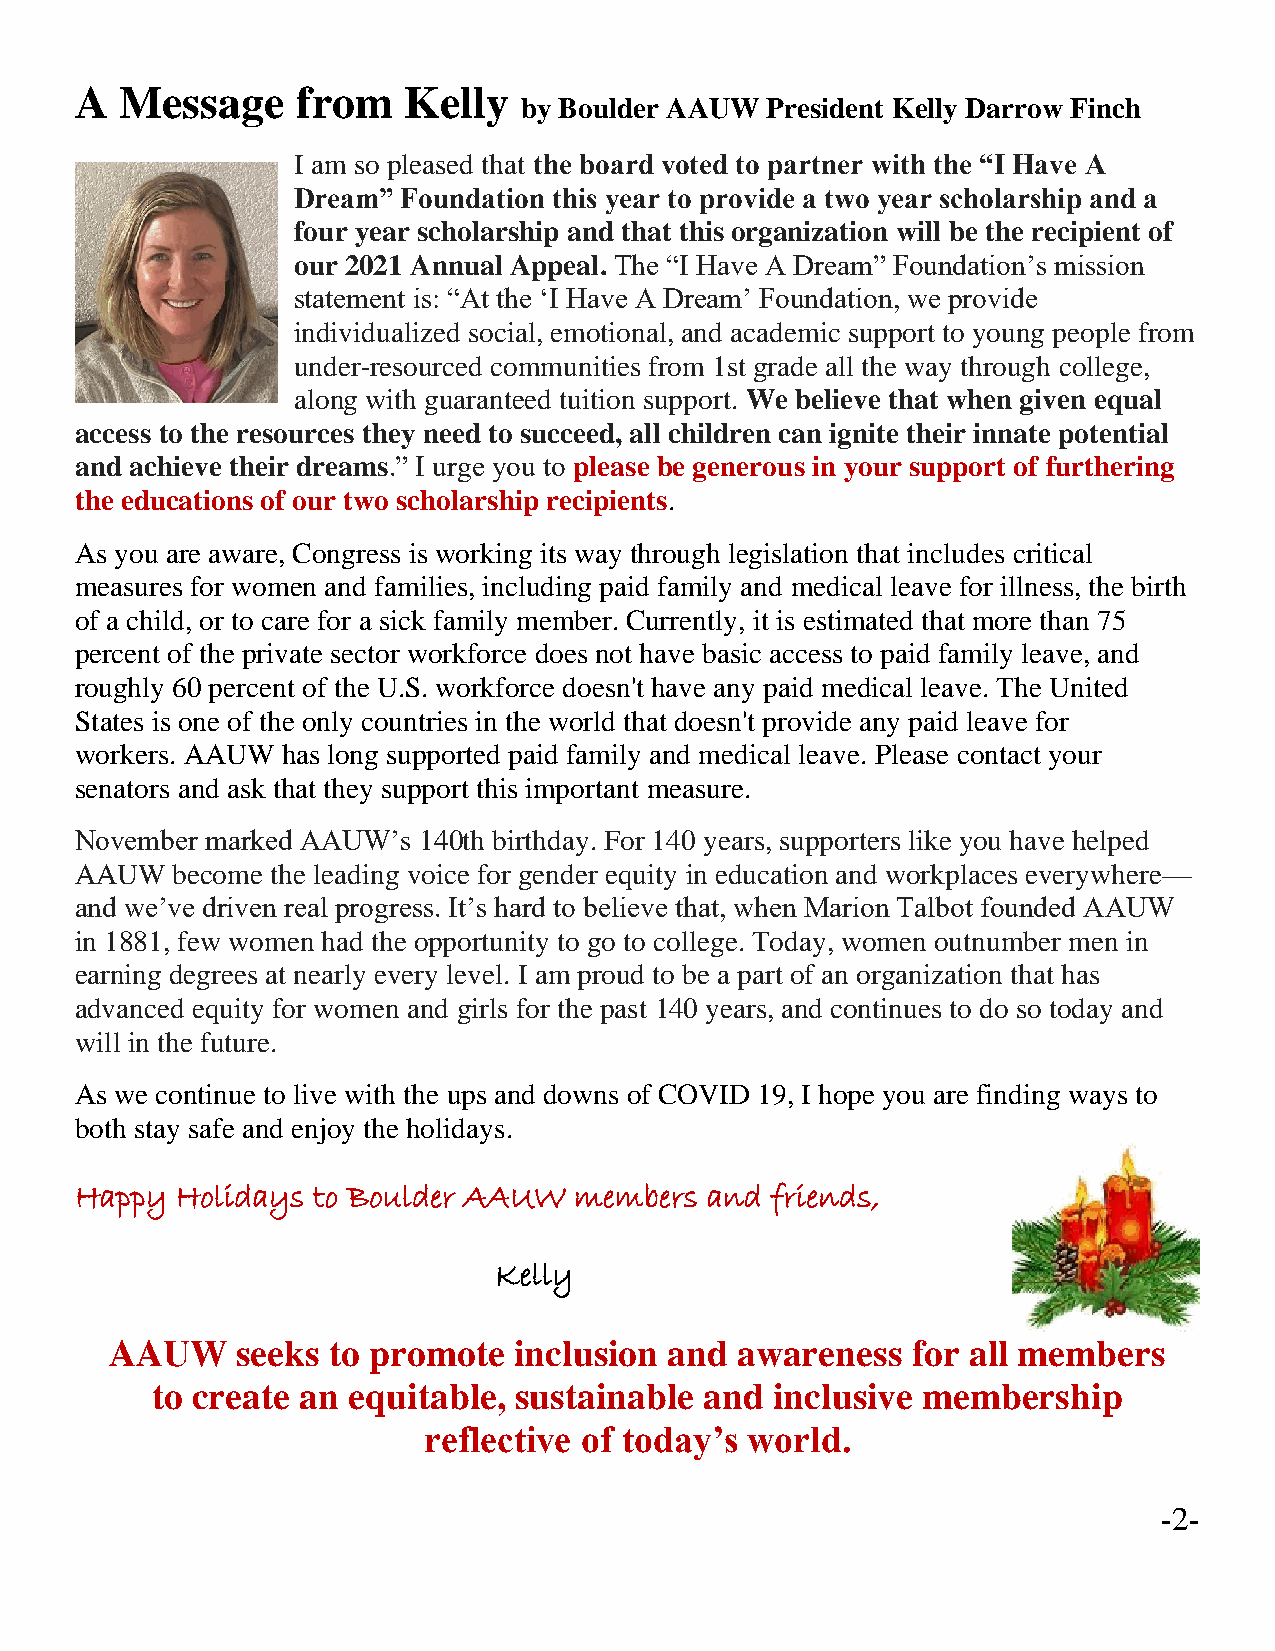
A  Message     from   Kelly
 by Boulder AAUW  President Kelly Darrow Finch
 I am so pleased that the board voted to partner with the “I Have A
 Dream”  Foundation this year to provide a two year scholarship and a
 four year scholarship and that this organization will be the recipient of
 our 2021 Annual Appeal. The “I Have A Dream” Foundation’s mission
 statement is: “At the ‘I Have A Dream’ Foundation, we provide
 individualized social, emotional, and academic support to young people from
 under-resourced communities from 1st grade all the way through college,
 along with guaranteed tuition support. We believe that when given equal
 access to the resources they need to succeed, all children can ignite their innate potential
 and achieve their dreams.” I urge you to please be generous in your support of furthering
 the educations of our two scholarship recipients.
 As you are aware, Congress is working its way through legislation that includes critical
 measures for women and families, including paid family and medical leave for illness, the birth
 of a child, or to care for a sick family member. Currently, it is estimated that more than 75
 percent of the private sector workforce does not have basic access to paid family leave, and
 roughly 60 percent of the U.S. workforce doesn't have any paid medical leave. The United
 States is one of the only countries in the world that doesn't provide any paid leave for
 workers. AAUW has long supported paid family and medical leave. Please contact your
 senators and ask that they support this important measure.
 November marked AAUW’s 140th birthday. For 140 years, supporters like you have helped
 AAUW  become the leading voice for gender equity in education and workplaces everywhere—
 and we’ve driven real progress. It’s hard to believe that, when Marion Talbot founded AAUW
 in 1881, few women had the opportunity to go to college. Today, women outnumber men in
 earning degrees at nearly every level. I am proud to be a part of an organization that has
 advanced equity for women and girls for the past 140 years, and continues to do so today and
 will in the future.
 As we continue to live with the ups and downs of COVID 19, I hope you are finding ways to
 both stay safe and enjoy the holidays.
 Happy  Holidays to Boulder AAUW  members  and friends,
 Kelly
 AAUW     seeks to promote  inclusion and  awareness  for all members
 to create an equitable, sustainable  and inclusive membership
 reflective of today’s world.
 -2-